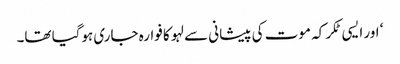
‘ اور ایسی ٹکر کہ موت کی پیشانی سے لہو کا فوارہ جاری ہوگیا تھا۔